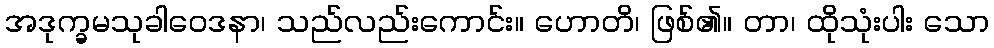
အဒုက္ခမသုခါဝေဒနာ၊ သည်လည်းကောင်း။ ဟောတိ၊ ဖြစ်၏။ တာ၊ ထိုသုံးပါး သော